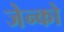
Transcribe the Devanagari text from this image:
जेन्को